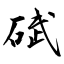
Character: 碔